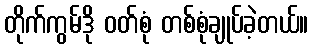
တိုက်ကွမ်ဒို ဝတ်စုံ တစ်စုံချုပ်ခဲ့တယ်။